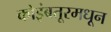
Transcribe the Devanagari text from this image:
कोइंबतूरमधून